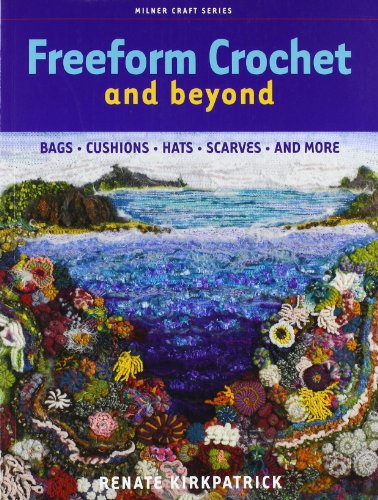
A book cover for Freeform Crochet and Beyond: Bags, Cushions, Hats, Scarves and More (Milner Craft Series); Renate Kirkpatrick; Crafts, Hobbies & Home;